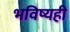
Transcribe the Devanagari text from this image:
भविष्यही